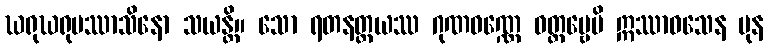
ဃရုဃရုပဿာသိနော သယန္တိ။ သော ရတနတ္တယဿ ဂုဏဝဏ္ဏေ ဝတ္တဗ္ဗေပိ ဣဿာဝသေန ပုန